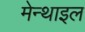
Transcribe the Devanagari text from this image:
मेन्थाइल